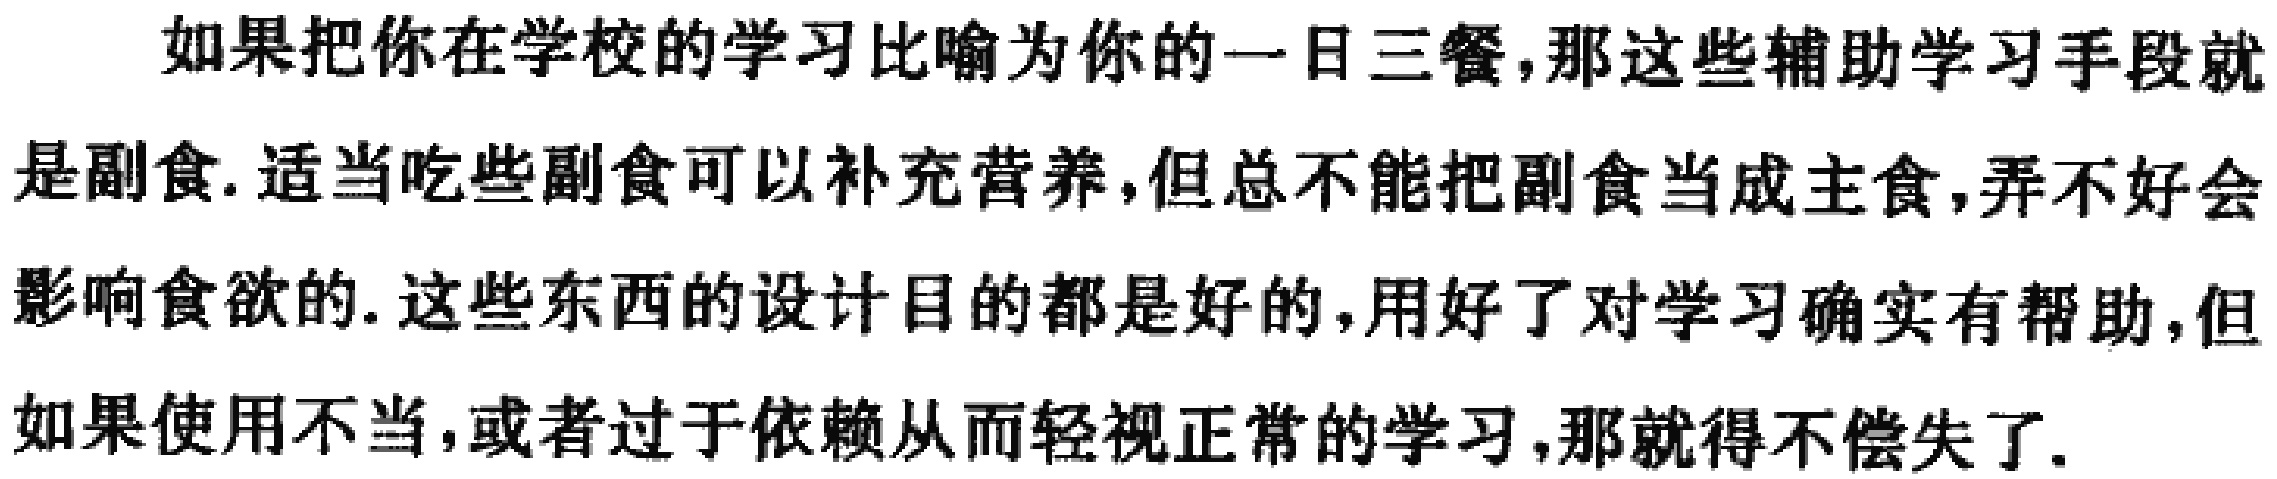
如果把你在学校的学习比喻为你的一日三餐,那这些辅助学习手段就是副食. 适当吃些副食可以补充营养,但总不能把副食当成主食,弄不好会影响食欲的. 这些东西的设计目的都是好的,用好了对学习确实有帮助,但如果使用不当,或者过于依赖从而轻视正常的学习,那就得不偿失了.